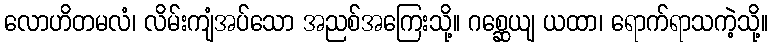
လောဟိတမလံ၊ လိမ်းကျံအပ်သော အညစ်အကြေးသို့။ ဂစ္ဆေယျ ယထာ၊ ရောက်ရာသကဲ့သို့။